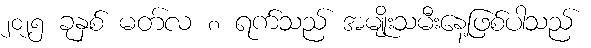
၂၀၂၅ ခုနှစ် မတ်လ ၈ ရက်သည် အမျိုးသမီးနေ့ဖြစ်ပါသည်